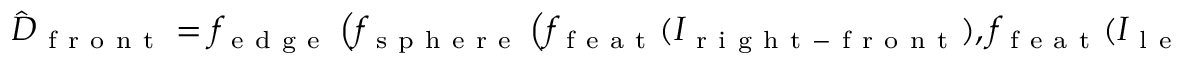
\hat { D } _ { \mathrm { ~ f ~ r ~ o ~ n ~ t ~ } } = f _ { \mathrm { ~ e ~ d ~ g ~ e ~ } } \left( f _ { \mathrm { ~ s ~ p ~ h ~ e ~ r ~ e ~ } } \left( f _ { \mathrm { ~ f ~ e ~ a ~ t ~ } } ( I _ { \mathrm { ~ r ~ i ~ g ~ h ~ t ~ - ~ f ~ r ~ o ~ n ~ t ~ } } ) , f _ { \mathrm { ~ f ~ e ~ a ~ t ~ } } ( I _ { \mathrm { ~ l ~ e ~ f ~ t ~ - ~ f ~ r ~ o ~ n ~ t ~ } } ) \right) , I _ { \mathrm { ~ r ~ i ~ g ~ h ~ t ~ - ~ f ~ r ~ o ~ n ~ t ~ } } \right) .